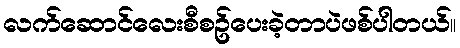
လက်ဆောင်လေးစီစဥ်ပေးခဲ့တာပဲဖစ်ပါတယ်။